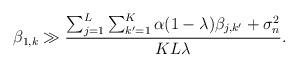
LaTeX: \begin{align*}\beta_{1,k}\gg \frac{\sum_{j=1}^{L}\sum_{k'=1}^{K}\alpha(1-\lambda)\beta_{j,k'}+\sigma_n^2}{KL\lambda}.\end{align*}